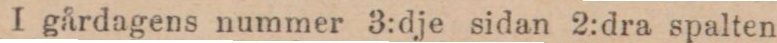
I gårdagens nummer 3:dje sidan 2:dra spalten